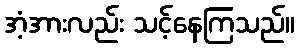
အံ့အားလည်း သင့်နေကြသည်။